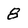
Character: 8